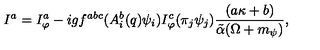
I ^ { a } = I _ { \varphi } ^ { a } - i g f ^ { a b c } ( A _ { i } ^ { b } ( q ) \psi _ { i } ) I _ { \varphi } ^ { c } ( \pi _ { j } \psi _ { j } ) \frac { ( a \kappa + b ) } { \tilde { \alpha } ( \Omega + m _ { \psi } ) } ,